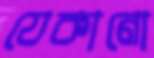
যেকানো